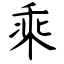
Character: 乘